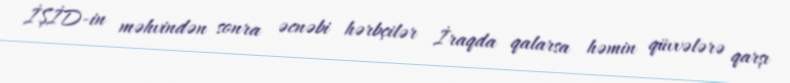
İŞİD-in məhvindən sonra əcnəbi hərbçilər İraqda qalarsa həmin qüvvələrə qarşı